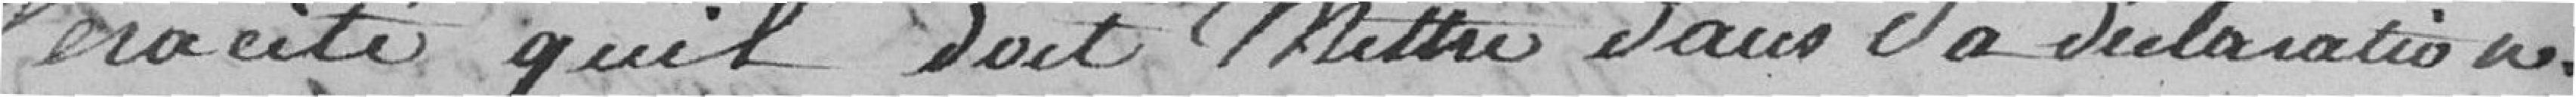
véracité qu'il doit mettre dans sa déclaration.